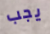
يجب